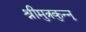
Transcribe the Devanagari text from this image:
श्रीमुत्रकुन्नू